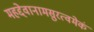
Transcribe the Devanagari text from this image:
महद्देवानामसुरत्वमेकं